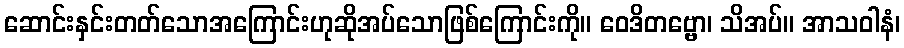
ဆောင်းနှင်းတတ်သောအကြောင်းဟုဆိုအပ်သောဖြစ်ကြောင်းကို။ ဝေဒိတဗ္ဗော၊ သိအပ်။ အာသဝါနံ၊